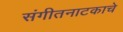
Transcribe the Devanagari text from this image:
संगीतनाटकाचे